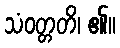
သံဝတ္တတိ၊ ၏။